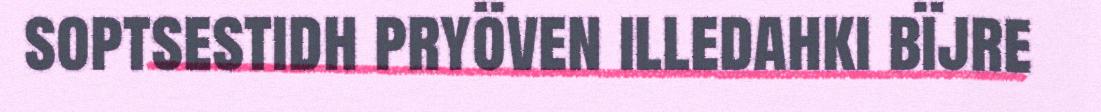
soptsestidh pryöven illedahki bïjre